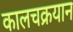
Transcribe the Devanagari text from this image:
कालचक्रयान